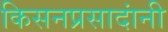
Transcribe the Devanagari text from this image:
किसनप्रसादांनी